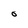
Character: O